Indian journal of veterinary science and animal husbandry - Volume 14,
Year: 1944
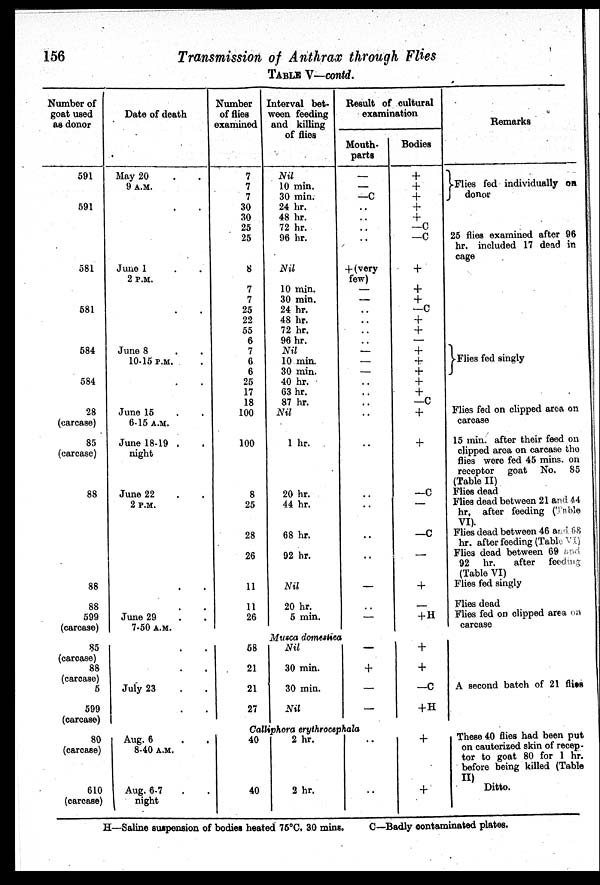
156
Transmission of Anthrax through Flies
TABLE V—contd.
Number of
goat used
as donor
591
591
581
581
584
584
28
(carcase)
85
(carcase)
88
88
88
599
(carcase)
Date of death
May 20 . .
9 A.M.
. .
June 1 . .
2 P.M.
June 8 . .
10-15 P.M.
. .
June 15 . .
6-15 A.M.
June 18-19 . .
night
June 22 . .
2 P.M.
. .
. .
June 29 . .
7-50 A.M.
Number
of flies
examined
7
7
7
30
30
25
25
8
7
7
25
22
55
6
7
6
6
25
17
18
100
100
8
25
28
26
11
11
26
Interval bet-
ween feeding
and killing
of flies
Nil
10 min.
30 min.
24 hr.
48 hr.
72 hr.
96 hr.
Nil
10 min.
30 min.
24 hr.
48 hr.
72 hr.
96 hr.
Nil
10 min.
30 min.
40 hr.
63 hr.
87 hr.
Nil
1 hr.
20 hr.
44 hr.
68 hr.
92 hr.
Nil
20 hr.
5 min.
Result of cultural
examination
Mouth-
parts
—
—
—C
. .
. .
. .
. .
+ (very
few)
—
—
. .
. .
. .
. .
—
—
—
. .
. .
. .
. .
. .
. .
. .
. .
. .
—
. .
—
Bodies
+
+
+
+
+
—C
—C
+
+
+
—C
+
+
—
+
+
+
+
+
—C
+
+
—C
—
—C
—
+
—
+H
Remarks
Flies fed individually on
donor
25 flies examined after 96
hr. included 17 dead in
cage
Flies fed singly
Flies fed on clipped area on
carcase
15 min. after their feed on
clipped area on carcase the
flies were fed 45 mins. on
receptor goat No. 85
(Table II)
Flies dead
Flies dead between 21 ard 44
hr, after feeding (Table)
VI).
Flies dead between 46 and 58
hr. after feeding (Table VI)
Flies dead between 69 and
92 hr.
after
feeding
(Table VI)
Flies fed singly
Flies dead
Flies fed on clipped area on
carcase
Musca domestica
85
(carcase)
88
(carcase)
5
599
(carcase)
. .
. .
July 23 . .
. .
58
21
21
27
Nil
30 min.
30 min.
Nil
—
+
—
—
+
+
—C
+H
A second batch of 21 flies
Calliphora erythrocephala
80
(carcase)
610
(carcase)
Aug. 6 . .
8-40 A.M.
Aug. 6-7 . .
night
40
40
2 hr.
2 hr.
. .
. .
+
+
These 40 flies had been put
on cauterized skin of recep-
tor to goat 80 for 1 hr.
before being killed (Table
II) Ditto.
H—Saline suspension of bodies heated 75°C. 30 mins.
C—Badly contaminated plates.